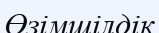
Өзімшілдік